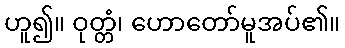
ဟူ၍။ ဝုတ္တံ၊ ဟောတော်မူအပ်၏။